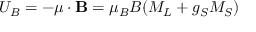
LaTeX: U _ { B } = - { \boldsymbol { \mu } } \cdot \mathbf { B } = \mu _ { B } B ( M _ { L } + g _ { S } M _ { S } )